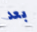
بعد